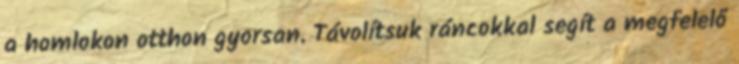
a homlokon otthon gyorsan. Távolítsuk ráncokkal segít a megfelelő